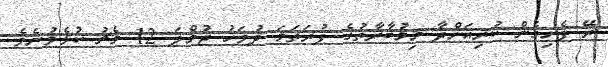
ރޭ ފެށިގެން ކުރިއަށްދާ މިމުބާރާތުގެ ފުރަތަމަ ދުވަހު ޖުމްލަ 12 މެޗު ކުޅެވުނެވެ.